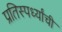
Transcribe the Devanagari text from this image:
प्रतिस्पर्ध्यांची